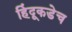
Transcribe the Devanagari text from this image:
हिंदूकडेच